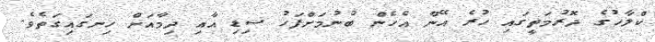
ކްލާހުގެ ދޮރުމަތީގައި ހުރެ އޭނާ އެހެން ބުނުމަށްފަހު ސިޑި އާއި ދިމާއަށް ހިނގައިގަތެވެ.